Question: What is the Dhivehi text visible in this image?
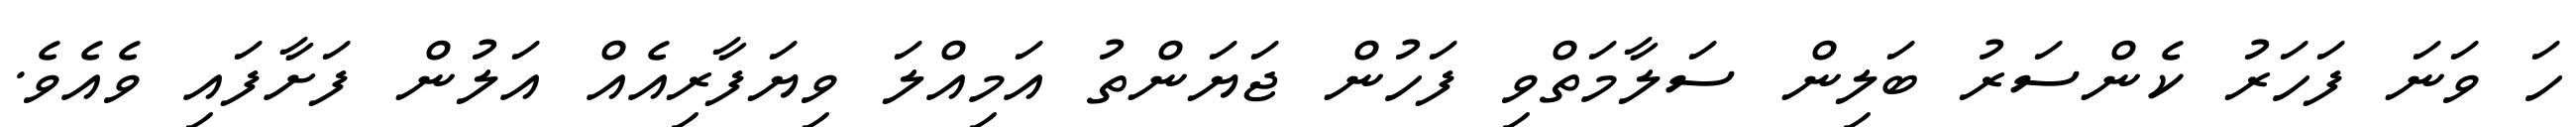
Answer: ހަ ވަނަ ފަހަރު ކެންސަރު ބަލިން ސަލާމަތްވި ފަހުން ޖަޔަންތު އަމިއްލަ ވިޔަފާރިއެއް އަލުން ފަށާފައި ވެއެވެ.